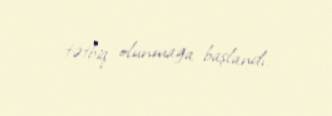
tətbiq olunmağa başlandı.